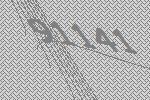
91141